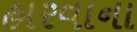
હારવાના